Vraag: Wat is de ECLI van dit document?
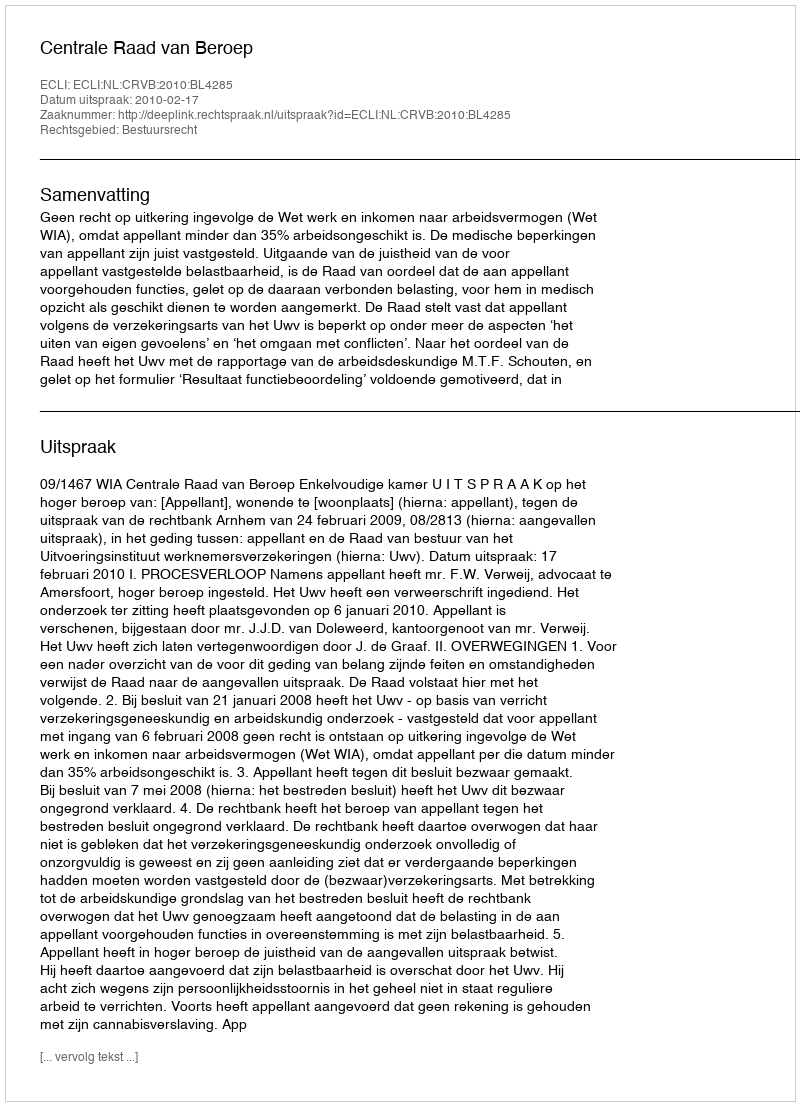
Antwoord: ECLI:NL:CRVB:2010:BL4285